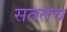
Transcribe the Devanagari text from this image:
सततच